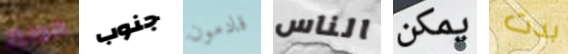
هوبير جنوب قادمون الناس يمكن بدت